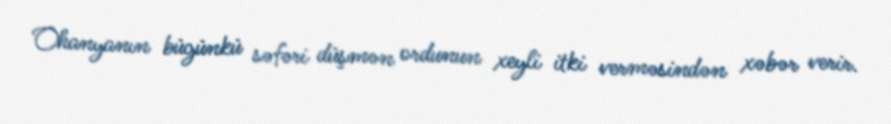
Ohanyanın bügünkü səfəri düşmən ordunun xeyli itki verməsindən xəbər verir.